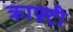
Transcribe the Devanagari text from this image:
क्राफ़्टी